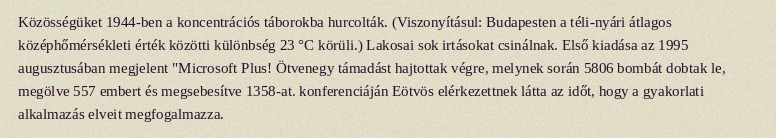
Közösségüket 1944-ben a koncentrációs táborokba hurcolták. (Viszonyításul: Budapesten a téli-nyári átlagos középhőmérsékleti érték közötti különbség 23 °C körüli.) Lakosai sok irtásokat csinálnak. Első kiadása az 1995 augusztusában megjelent "Microsoft Plus! Ötvenegy támadást hajtottak végre, melynek során 5806 bombát dobtak le, megölve 557 embert és megsebesítve 1358-at. konferenciáján Eötvös elérkezettnek látta az időt, hogy a gyakorlati alkalmazás elveit megfogalmazza.